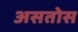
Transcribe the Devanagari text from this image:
असतोस